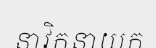
នាវិកនាយក